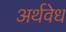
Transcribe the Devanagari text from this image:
अर्थवेध